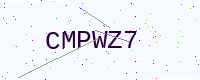
Text: CMPWZ7